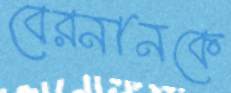
বেরনানকে